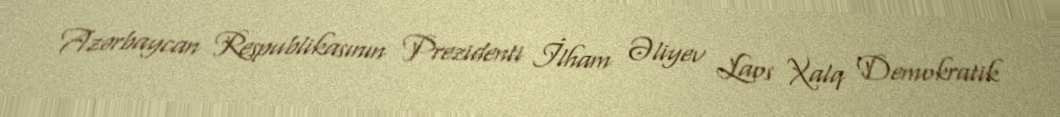
Azərbaycan Respublikasının Prezidenti İlham Əliyev Laos Xalq Demokratik